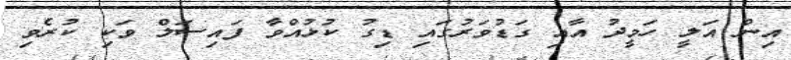
އިން އަލީ ހަމީދު އާއި ގަޑުވަރުގައި ޑިގު ކުޅުއްވާ ފައިސަލް ވަކި ކުރެވި